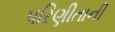
પરિણીતાની